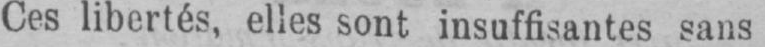
Ces libertés, elles sont insuffisantes sans